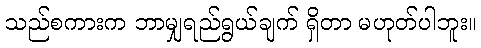
သည်စကားက ဘာမျှရည်ရွယ်ချက် ရှိတာ မဟုတ်ပါဘူး။